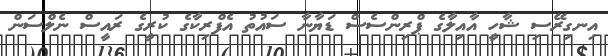
އިނގިރޭސި ޝާހީ އާއިލާގެ ޕްރިންސެސް ޑަޔާނާ ސައުތު އެފްރިކާގެ ކުރީގެ ރައީސް ނެލްސަން